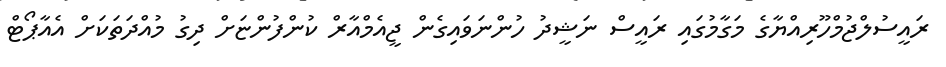
ރައީސުލްޖުމްހޫރިއްޔާގެ މަގާމުގައި ރައީސް ނަޝީދު ހުންނަވައިގެން ޖީއެމްއާރް ކުންފުންޏަށް ދިގު މުއްދަތަކަށް އެއާޕޯޓް